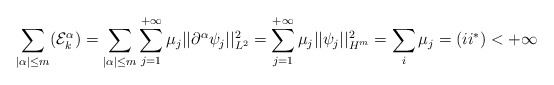
\begin{align*}\sum_{|\alpha| \leq m} (\mathcal{E}_k^{\alpha}) = \sum_{|\alpha|\leq m}\sum_{j=1}^{+\infty}\mu_j||\partial^{\alpha}\psi_j||_{L^2}^2 = \sum_{j=1}^{+\infty} \mu_j ||\psi_j||_{H^m}^2 = \sum_{i} \mu_j = (ii^*) < + \infty\end{align*}